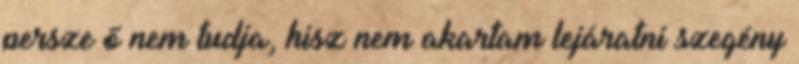
persze ő nem tudja, hisz nem akartam lejáratni szegény